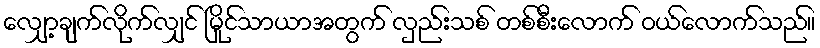
လျှော့ချက်လိုက်လျှင် မြိုင်သာယာအတွက် လှည်းသစ် တစ်စီးလောက် ဝယ်လောက်သည်။